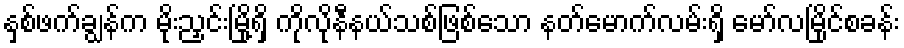
နှစ်ဖက်ချွန်က မိုးညှင်းမြို့ရှိ ကိုလိုနီနယ်သစ်ဖြစ်သော နတ်မောက်လမ်းရှိ မော်လမြိုင်စခန်း